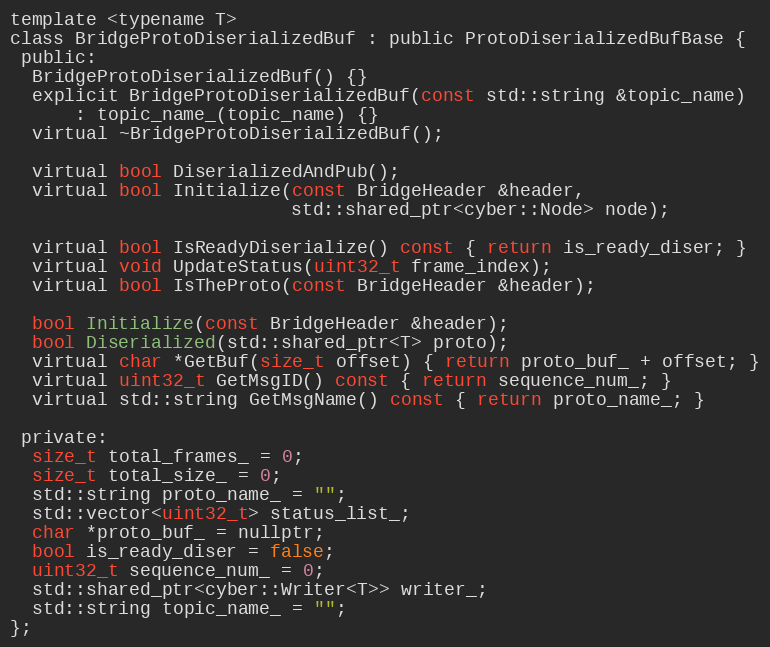
Language: C
template <typename T>
class BridgeProtoDiserializedBuf : public ProtoDiserializedBufBase {
 public:
  BridgeProtoDiserializedBuf() {}
  explicit BridgeProtoDiserializedBuf(const std::string &topic_name)
      : topic_name_(topic_name) {}
  virtual ~BridgeProtoDiserializedBuf();

  virtual bool DiserializedAndPub();
  virtual bool Initialize(const BridgeHeader &header,
                          std::shared_ptr<cyber::Node> node);

  virtual bool IsReadyDiserialize() const { return is_ready_diser; }
  virtual void UpdateStatus(uint32_t frame_index);
  virtual bool IsTheProto(const BridgeHeader &header);

  bool Initialize(const BridgeHeader &header);
  bool Diserialized(std::shared_ptr<T> proto);
  virtual char *GetBuf(size_t offset) { return proto_buf_ + offset; }
  virtual uint32_t GetMsgID() const { return sequence_num_; }
  virtual std::string GetMsgName() const { return proto_name_; }

 private:
  size_t total_frames_ = 0;
  size_t total_size_ = 0;
  std::string proto_name_ = "";
  std::vector<uint32_t> status_list_;
  char *proto_buf_ = nullptr;
  bool is_ready_diser = false;
  uint32_t sequence_num_ = 0;
  std::shared_ptr<cyber::Writer<T>> writer_;
  std::string topic_name_ = "";
};